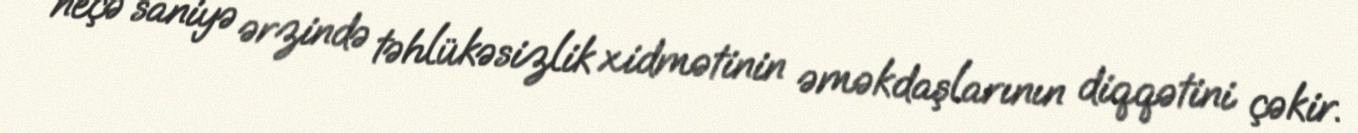
neçə saniyə ərzində təhlükəsizlik xidmətinin əməkdaşlarının diqqətini çəkir.